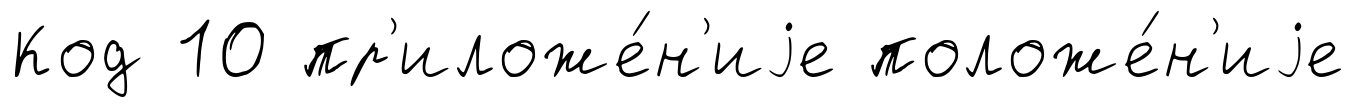
Код 10 пр'иложе́н'иjе положе́н'иjе